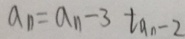
a _ { n } = a _ { n } - 3 \tan - 2